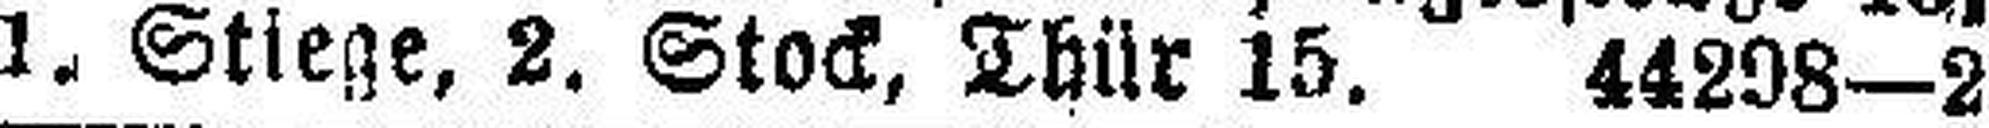
1. Stiege, 2. Stock, Thür 15. 44298—2